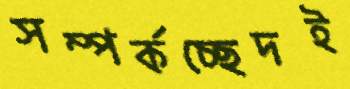
সম্পর্কচ্ছেদই